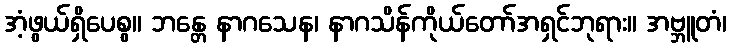
အံ့ဖွယ်ရှိပေစွ။ ဘန္တေ နာဂသေန၊ နာဂသိန်ကိုယ်တော်အရှင်ဘုရား။ အဗ္ဘူတံ၊